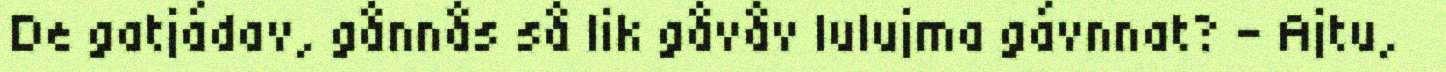
De gatjádav, gånnås så lik gåvåv lulujma gávnnat? – Ajtu,